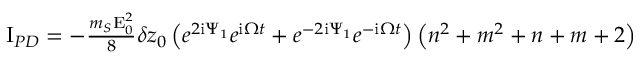
\begin{array} { r } { \mathrm { I } _ { P D } = - \frac { m _ { S } \mathrm { E } _ { 0 } ^ { 2 } } { 8 } \delta z _ { 0 } \left( e ^ { 2 \mathrm { i } \Psi _ { 1 } } e ^ { \mathrm { i } \Omega t } + e ^ { - 2 \mathrm { i } \Psi _ { 1 } } e ^ { - \mathrm { i } \Omega t } \right) \left( n ^ { 2 } + m ^ { 2 } + n + m + 2 \right) } \end{array}